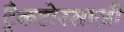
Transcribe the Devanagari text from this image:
ट्रैकटोरसाज़ी